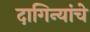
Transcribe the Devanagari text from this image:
दागिन्यांचे